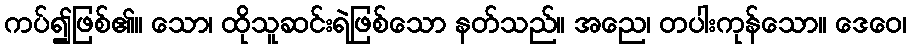
ကပ်၍ဖြစ်၏။ သော၊ ထိုသူဆင်းရဲဖြစ်သော နတ်သည်။ အညေ၊ တပါးကုန်သော။ ဒေဝေ၊